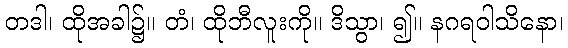
တဒါ၊ ထိုအခါ၌။ တံ၊ ထိုဘီလူးကို။ ဒိသွာ၊ ၍။ နဂရဝါသိနော၊